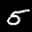
Label: 5